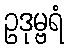
ဥဒုမ္ဗရံ